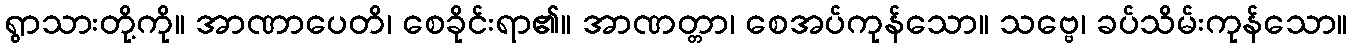
ရွာသားတို့ကို။ အာဏာပေတိ၊ စေခိုင်းရာ၏။ အာဏတ္တာ၊ စေအပ်ကုန်သော။ သဗ္ဗေ၊ ခပ်သိမ်းကုန်သော။